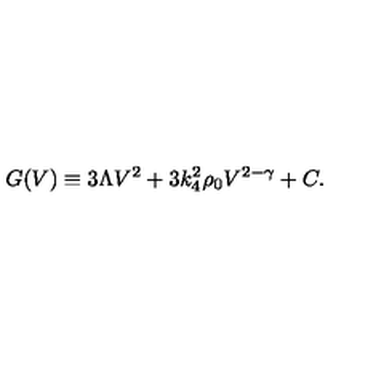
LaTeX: G ( V ) \equiv 3 \Lambda V ^ { 2 } + 3 k _ { 4 } ^ { 2 } \rho _ { 0 } V ^ { 2 - \gamma } + C .